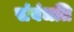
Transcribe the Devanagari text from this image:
संबंधति